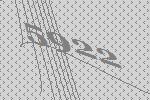
5922